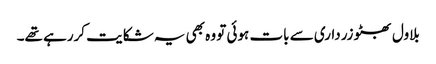
بلاول بھٹو زرداری سے بات ہوئی تو وہ بھی یہ شکایت کررہے تھے۔